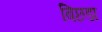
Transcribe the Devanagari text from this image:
बिछडा